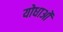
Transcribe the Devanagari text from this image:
योधाओं